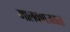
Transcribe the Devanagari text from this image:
मालवणजवळ